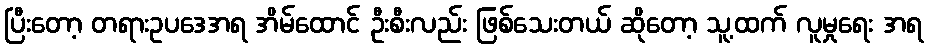
ပြီးတော့ တရားဥပဒေအရ အိမ်ထောင် ဦးစီးလည်း ဖြစ်သေးတယ် ဆိုတော့ သူ့ထက် လူမှုရေး အရ